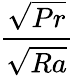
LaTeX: \frac{\sqrt{Pr}}{\sqrt{Ra}}